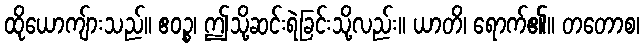
ထိုယောကျ်ားသည်။ ဧဝဉ္စ၊ ဤသို့ဆင်းရဲခြင်းသို့လည်း။ ယာတိ၊ ရောက်၏။ တတောစ၊